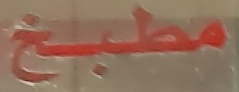
مطبخ